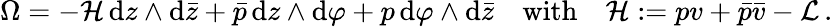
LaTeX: \Omega=-{\cal H}\, \mathrm{d}z\wedge\mathrm{d}\bar{z}+\bar{p}\, \mathrm{d}z\wedge\mathrm{d}\varphi+p\, \mathrm{d}\varphi\wedge\mathrm{d}\bar{z}\quad\mathrm{with}\quad{\cal H}:=pv+\bar{p}\bar{v}-{\cal L}\, .